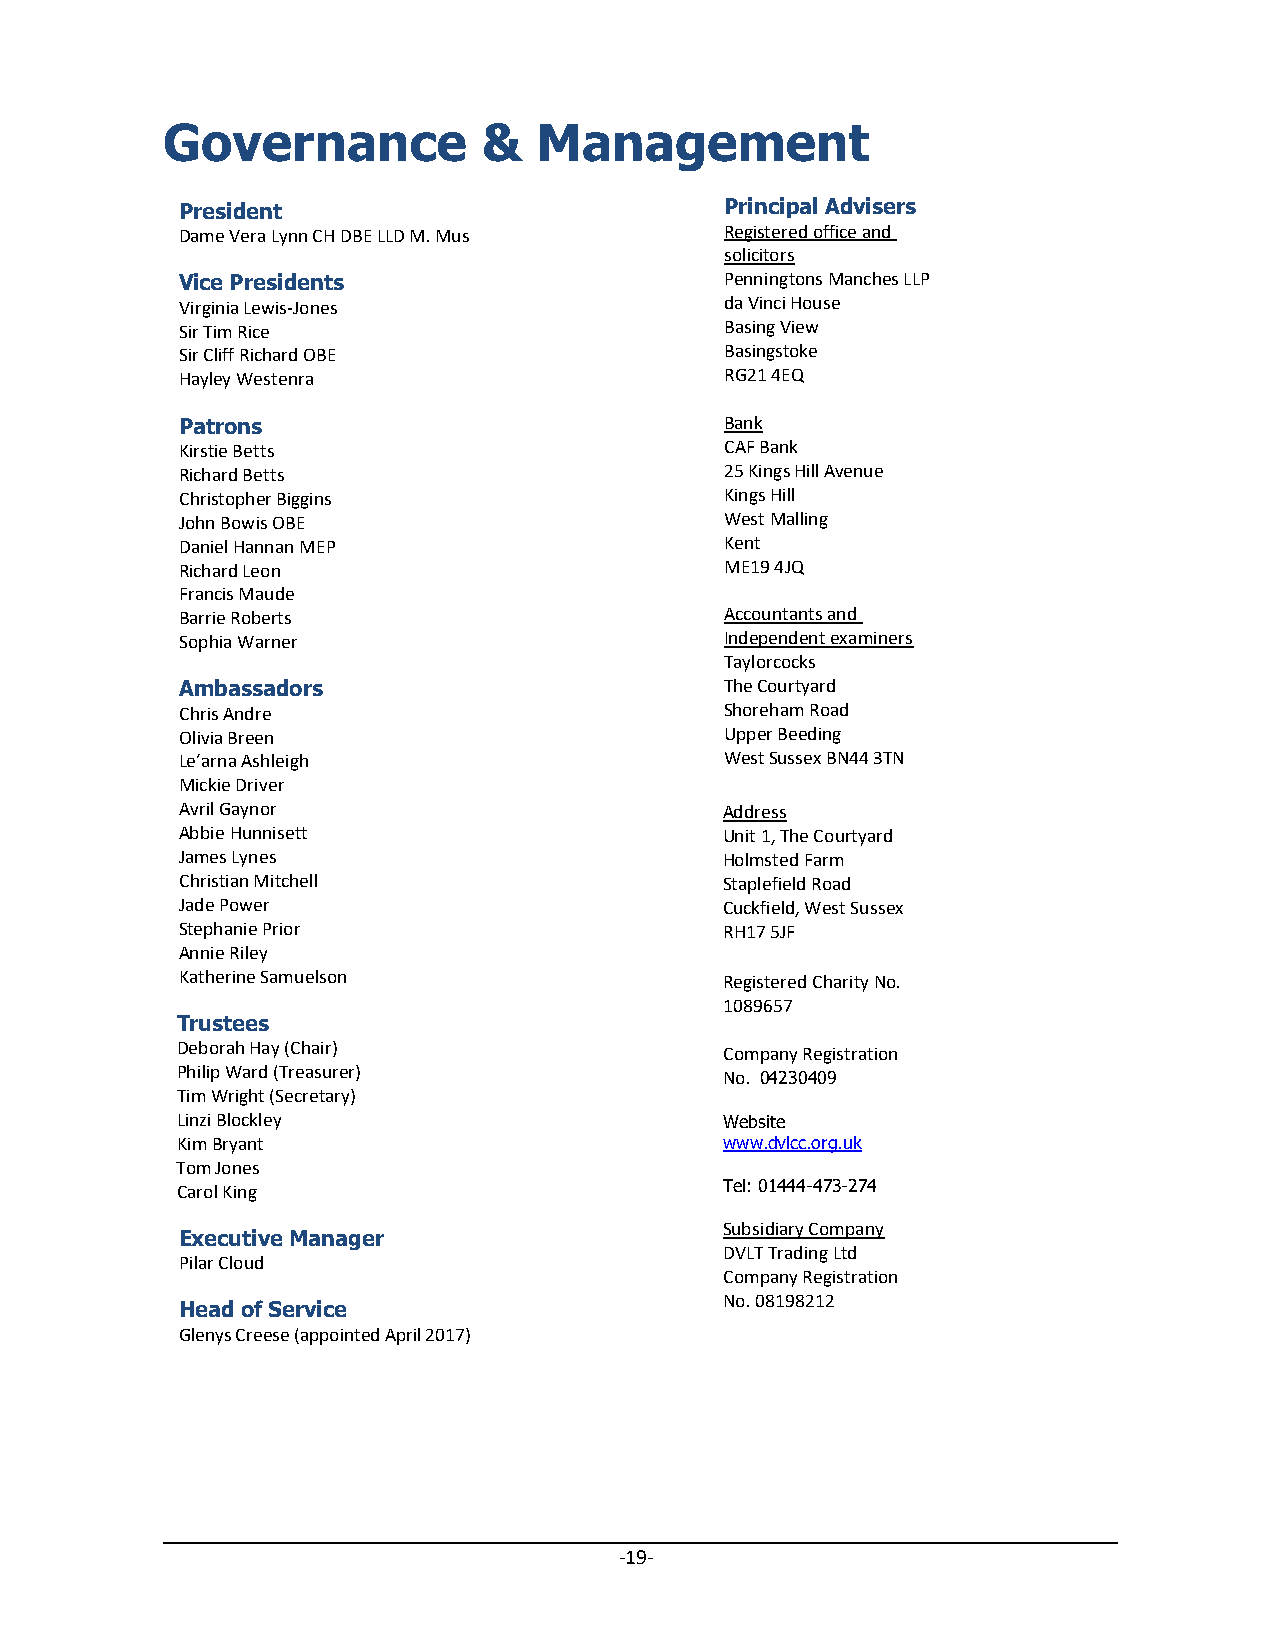
Governance           &   Management
 President                           Principal Advisers
 Dame Vera Lynn CH DBE LLD M. Mus    Registered office and
 solicitors
 Vice Presidents                     P enningtons Manches LLP
 Virginia Lewis-Jones                da Vinci House
 Sir Tim Rice                        B asing View
 Sir Cliff Richard OBE               Basingstoke
 Hayley Westenra                     RG21 4EQ
 Patrons                             Bank
 Kirstie Betts                       CAF Bank
 Richard Betts                       25 Kings Hill Avenue
 Christopher Biggins                 Kings Hill
 John Bowis OBE                      West Malling
 Daniel Hannan MEP                   Kent
 Richard Leon                        ME19 4JQ
 Francis Maude
 Barrie Roberts                      Accountants and
 Sophia Warner                       Independent examiners
 Taylorcocks
 Ambassadors                         The Courtyard
 Chris Andre                         Shoreham Road
 Olivia Breen                        Upper Beeding
 Le’arna Ashleigh                    West Sussex BN44 3TN
 Mickie Driver
 Avril Gaynor                        Address
 Abbie Hunnisett                     Unit 1, The Courtyard
 James Lynes                         Holmsted Farm
 Christian Mitchell                  Staplefield Road
 Jade Power                          Cuckfield, West Sussex
 Stephanie Prior                     RH17 5JF
 Annie Riley
 Katherine Samuelson                 Registered Charity No.
 1089657
 Trustees
 Deborah Hay (Chair)                 Company Registration
 Philip Ward (Treasurer)             No. 04230409
 Tim Wright (Secretary)
 Linzi Blockley                      Website
 Kim Bryant                          www.dvlcc.org.uk
 Tom Jones
 Carol King                          Tel: 01444-473-274
 Subsidiary Company
 Executive Manager
 DVLT Trading Ltd
 Pilar Cloud
 Company Registration
 No. 08198212
 Head of Service
 Glenys Creese (appointed April 2017)
 -19-